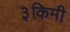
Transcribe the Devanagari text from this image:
३किमी